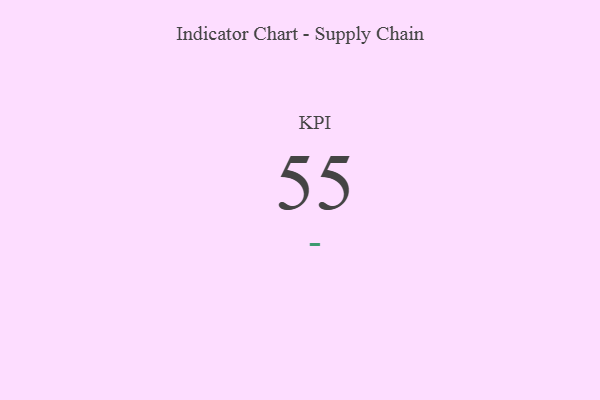
{"axis": {"x": "KPI", "y": "Value"}, "legend": [""], "data": [{"x": "KPI", "y": 55, "type": ""}]}